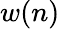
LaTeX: w(n)